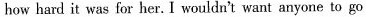
how hard it was for her. I youldn't want anyone to go